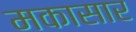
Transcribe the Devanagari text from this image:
मकासार